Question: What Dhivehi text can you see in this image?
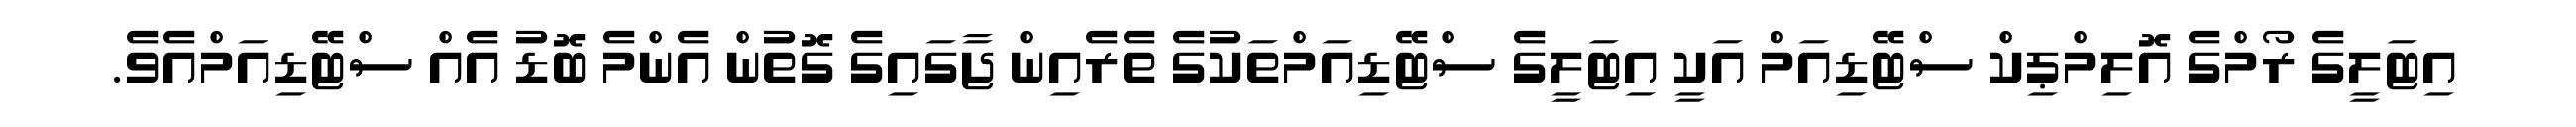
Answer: އިޓަލީގެ ރޯމްގެ އޮލިމްޕިކް ސްޓޭޑިއަމް އަކީ އިޓަލީގެ ސްޓޭޑިއަމްތަކުގެ ތެރެއިން ޖާގައިގެ ގޮތުން އެންމެ ބޮޑު އެއް ސްޓޭޑިއަމްއެވެ.